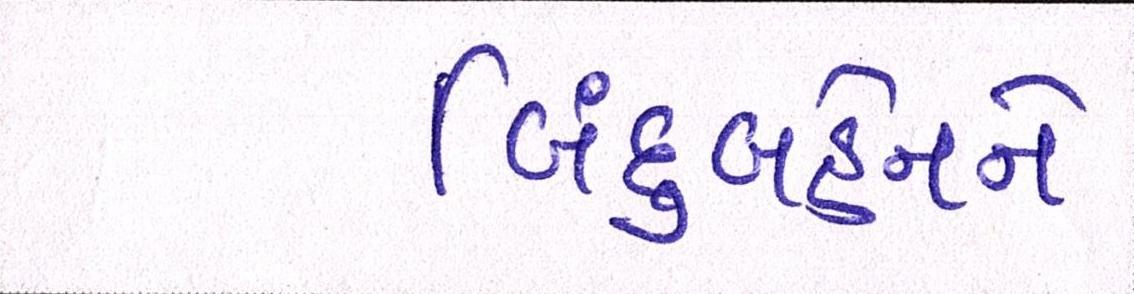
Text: બિંદુબહેનને